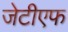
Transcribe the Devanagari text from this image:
जेटीएफ